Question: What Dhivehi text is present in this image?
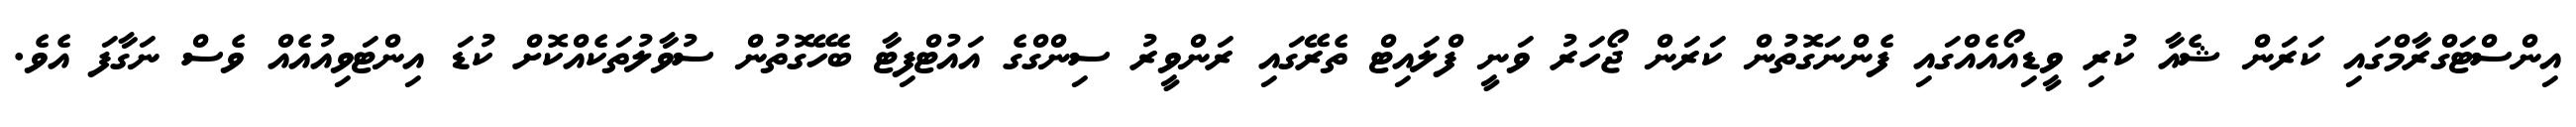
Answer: އިންސްޓަގްރާމްގައި ކަރަން ޝެއާ ކުރި ވީޑިއޯއެއްގައި ފެންނަގޮތުން ކަރަން ޖޯހަރު ވަނީ ފްލައިޓް ތެރޭގައި ރަންވީރު ސިންގްގެ އައުޓްފިޓާ ބެހޭގޮތުން ސުވާލުތަކެއްކޮށް ކުޑަ އިންޓަވިއުއެއް ވެސް ނަގާފަ އެވެ.